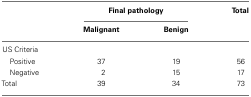
<table><thead><tr><td></td><td colspan="2"><b>Final pathology</b></td><td><b>Total</b></td></tr><tr><td></td><td><b>Malignant</b></td><td><b>Benign</b></td><td></td></tr></thead><tbody><tr><td>US Criteria</td></tr><tr><td> Positive</td><td>37</td><td>19</td><td>56</td></tr><tr><td> Negative</td><td>2</td><td>15</td><td>17</td></tr><tr><td>Total</td><td>39</td><td>34</td><td>73</td></tr></tbody></table>